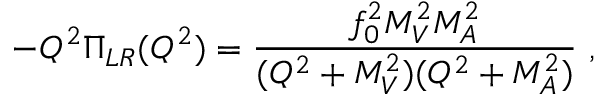
- Q ^ { 2 } \Pi _ { L R } ( Q ^ { 2 } ) = \frac { f _ { 0 } ^ { 2 } M _ { V } ^ { 2 } M _ { A } ^ { 2 } } { ( Q ^ { 2 } + M _ { V } ^ { 2 } ) ( Q ^ { 2 } + M _ { A } ^ { 2 } ) } \ ,